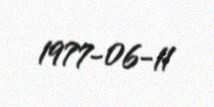
1977-06-11